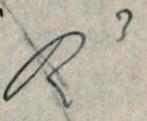
R3